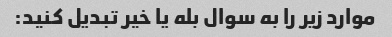
موارد زیر را به سوال بله یا خیر تبدیل کنید: